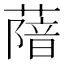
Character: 𦺼